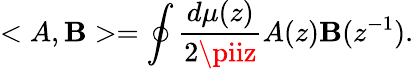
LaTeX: <A,\mathbf{B}>=\oint\frac{{d\mu(z)}}{{2\piiz}}A(z)\mathbf{B}(z^{-1}).